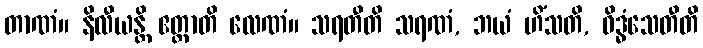
တာဏံ။ နိလီယန္တိ ဧတ္ထာတိ လေဏံ။ သရတီတိ သရဏံ, ဘယံ ဟိံသတိ, ဝိဒ္ဓံသေတီတိ